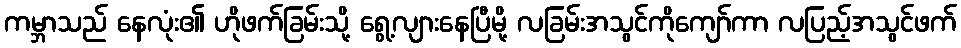
ကမ္ဘာသည် နေလုံး၏ ဟိုဖက်ခြမ်းသို့ ရွေ့လျားနေပြီမို့ လခြမ်းအသွင်ကိုကျော်ကာ လပြည့်အသွင်ဖက်